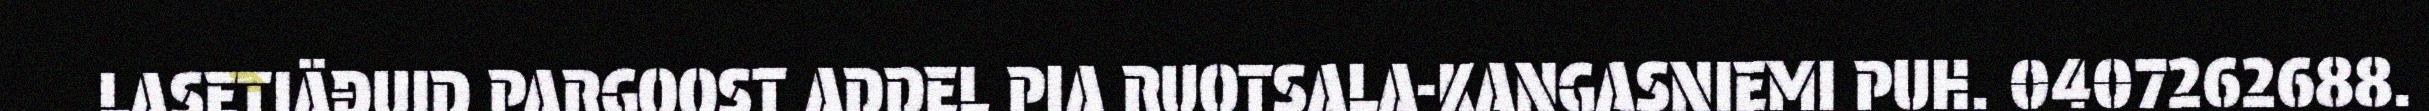
LASETIÄĐUID PARGOOST ADDEL PIA RUOTSALA-KANGASNIEMI PUH. 0407262688.